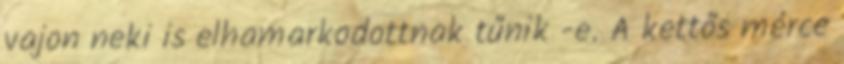
vajon neki is elhamarkodottnak tűnik -e. A kettős mérce